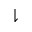
\downharpoonright